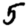
Digit: 5